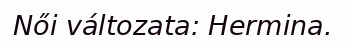
Női változata: Hermina.